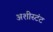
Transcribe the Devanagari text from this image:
अशीस्टंट